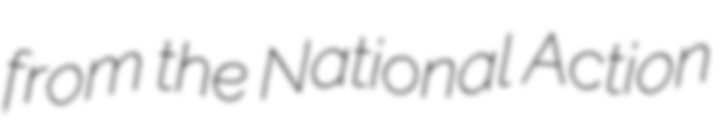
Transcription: from the National Action